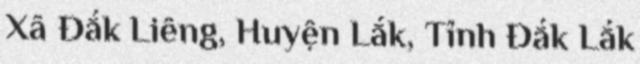
Xã Đắk Liêng, Huyện Lắk, Tỉnh Đắk Lắk